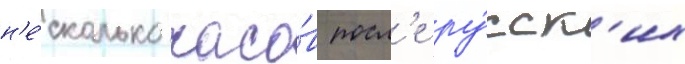
н'е́сколько часо́в посл'е ру́сск'их